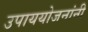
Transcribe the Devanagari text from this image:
उपाययोजनांनी